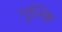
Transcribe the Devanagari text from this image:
गुल्कि